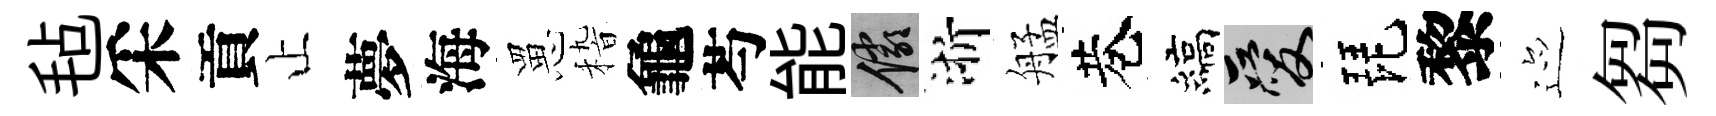
毡采貢止夢海罳𥟵龜芍能儼浙艋巷縞爱琵黎迹芻